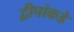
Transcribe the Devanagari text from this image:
द्वीपांकडे